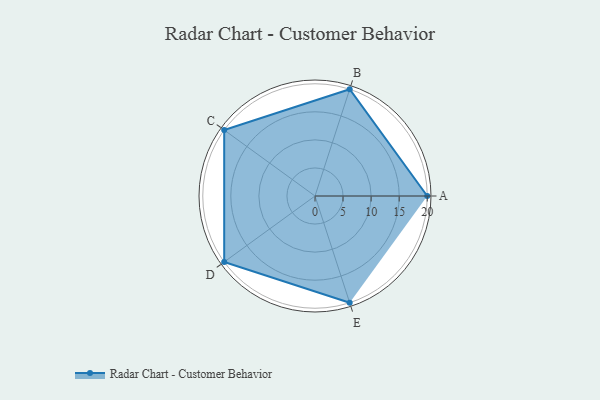
{"axis": {"x": "Skill", "y": "Score"}, "legend": ["Profile"], "data": [{"x": "A", "y": 20, "type": "Profile"}, {"x": "B", "y": 20, "type": "Profile"}, {"x": "C", "y": 20, "type": "Profile"}, {"x": "D", "y": 20, "type": "Profile"}, {"x": "E", "y": 20, "type": "Profile"}]}